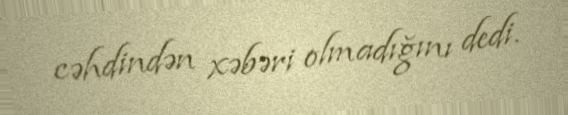
cəhdindən xəbəri olmadığını dedi.